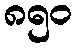
၈၅၀